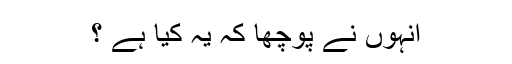
انہوں نے پوچھا کہ یہ کیا ہے ؟